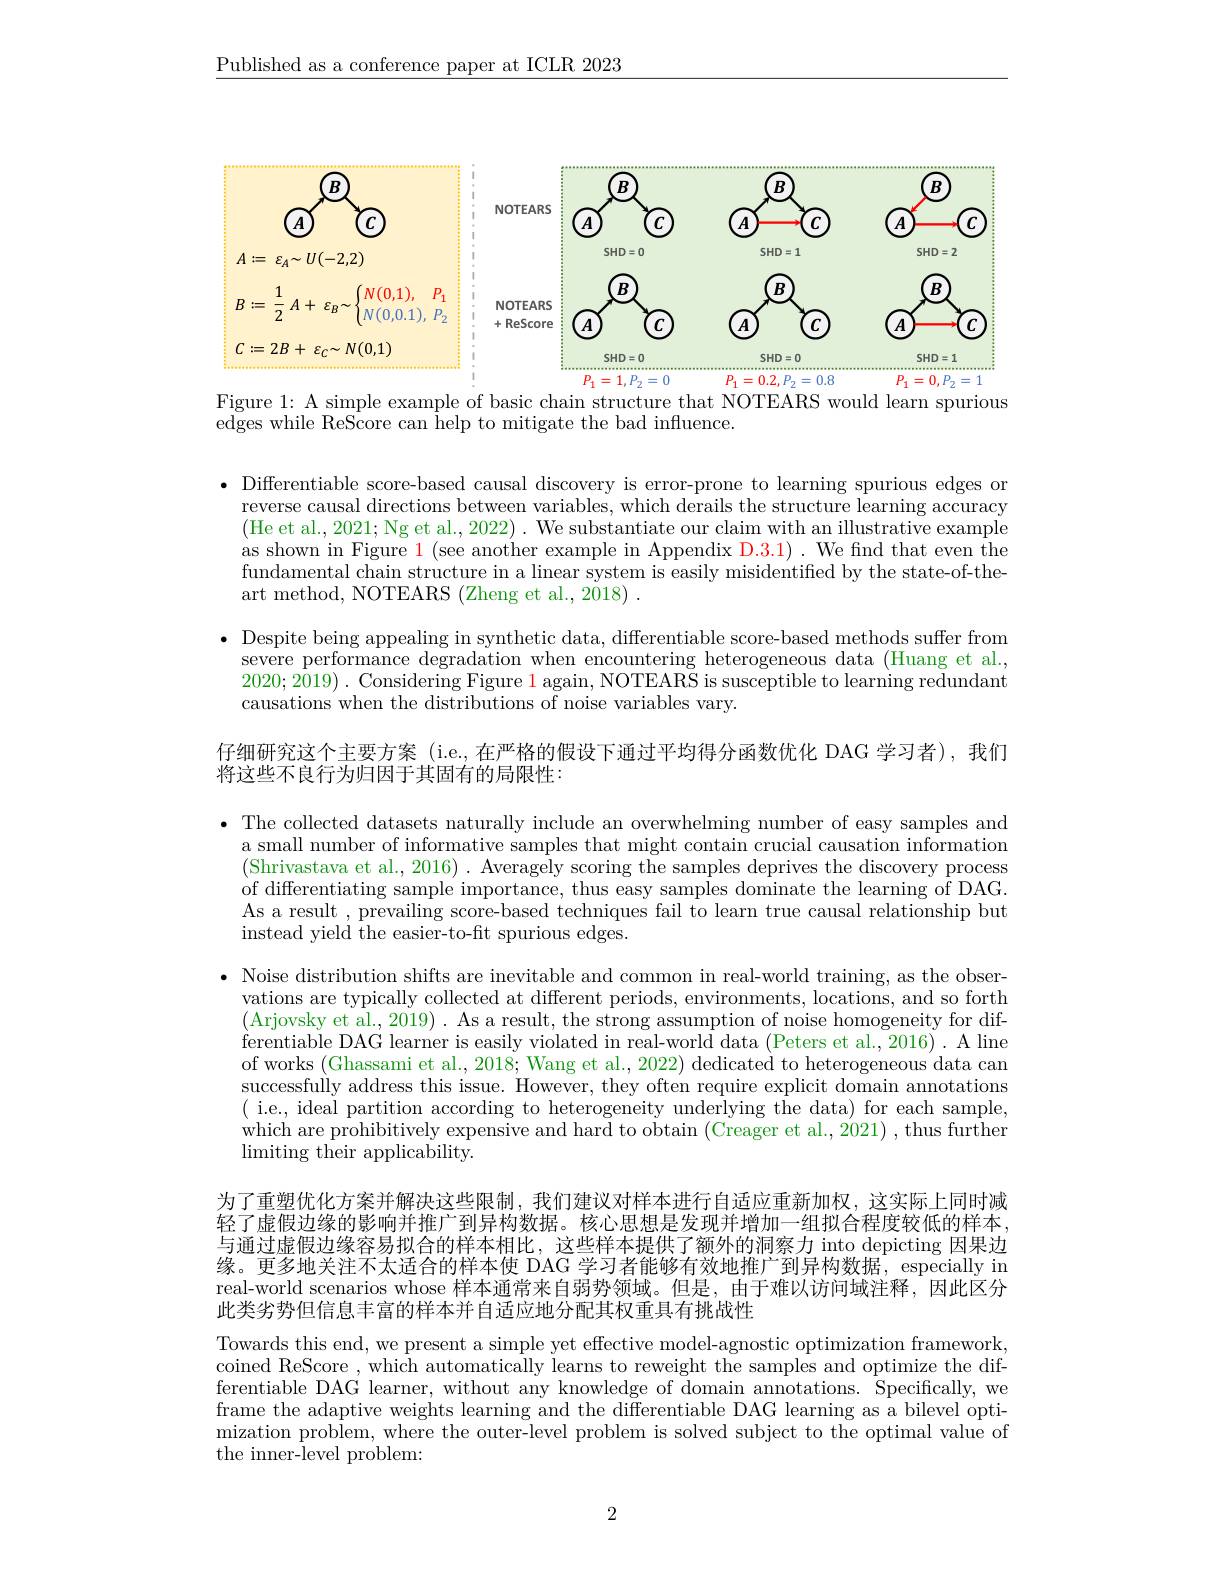
$\underline{\text{Published as a conference paper at ICLR 2023}}$

<FigureHere>

Figure 1: A simple example of basic chain structure that NOTEARS would learn spurious

$\bar{\text{edges while ReScore can help to mitigate the bad influence.}}$

· Differentiable score-based causal discovery is error-prone to learning spurious edges or
reverse causal directions between variables, which derails the structure learning accuracy (He et al., 2021; Ng et al., 2022) . We substantiate our claim with an illustrative example as shown in Figure $\color{red}1($see another example in Appendix D.3.1) . We find that even the fundamental chain structure in a linear system is easily misidentified by the state-of-theart method, NOTEARS (Zheng et al., 2018) .

$\bullet$ Despite being appealing in synthetic data, differentiable score-based methods suffer from
severe performance degradation when encountering heterogeneous data (Huang et al., 2020;2019). Considering Figure $\color{red}1$ again, NOTEARS is susceptible to learning redundant causations when the distributions of noise variables vary.

仔细研究这个主要方案 (i.e.,在严格的假设下通过平均得分函数优化 DAG 学习者),我们
将这些不良行为归因于其固有的局限性：

· The collected datasets naturally include an overwhelming number of easy samples and
a small number of informative samples that might contain crucial causation information (Shrivastava et al., 2016) . Averagely scoring the samples deprives the discovery process of differentiating sample importance, thus easy samples dominate the learning of DAG. As a result , prevailing score-based techniques fail to learn true causal relationship but instead yield the easier-to-fit spurious edges.

$\bullet$ Noise distribution shifts are inevitable and common in real-world training, as the obser-
vations are typically collected at different periods, environments, locations, and so forth (Arjovsky et al.,2019). As a result, the strong assumption of noise homogeneity for differentiable DAG learner is easily violated in real-world data (Peters et al., 2016) . A line of works (Ghassami et al., 2018; Wang et al., 2022) dedicated to heterogeneous data can successfully address this issue. However, they often require explicit domain annotations ( i.e., ideal partition according to heterogeneity underlying the data) for each sample, which are prohibitively expensive and hard to obtain (Creager et al., 2021) , thus further $\operatorname*{limiting~their~applicability.}$

为了重塑优化方案并解决这些限制，我们建议对样本进行自适应重新加权，这实际上同时减轻了虚假边缘的影响并推广到异构数据。核心思想是发现并增加一组拟合程度较低的样本， 与通过虚假边缘容易拟合的样本相比，这些样本提供了额外的洞察力 into depicting 因果边缘。更多地关注不太适合的样本使 DAG 学习者能够有效地推广到异构数据，especially in real-world scenarios whose 样本通常来自弱势领域。但是，由于难以访问域注释，因此区分此类劣势但信息丰富的样本并自适应地分配其权重具有挑战性

Towards this end, we present a simple yet effective model-agnostic optimization framework, coined ReScore , which automatically learns to reweight the samples and optimize the differentiable DAG learner, without any knowledge of domain annotations. Specifically, we frame the adaptive weights learning and the differentiable DAG learning as a bilevel optimization problem, where the outer-level problem is solved subject to the optimal value of the inner-level problem:

2